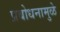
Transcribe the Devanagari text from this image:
प्रबोधनामुळे